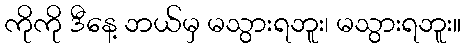
ကိုကို ဒီနေ့ ဘယ်မှ မသွားရဘူး၊ မသွားရဘူး။